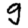
Digit: 9